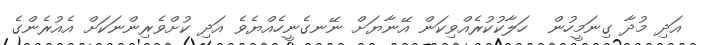
އަދި މުދާ ގިނަމީހުން  ހަލާކުކުރެއްވިކަން އޭނާޔަށް ނޭނގެނީހެއްޔެވެ އަދި ކުށްވެރިންނަކަށް އެއުރެންގެ